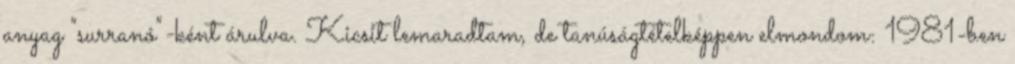
anyag "surranó"-ként árulva. Kicsit lemaradtam, de tanúságtételképpen elmondom: 1981-ben